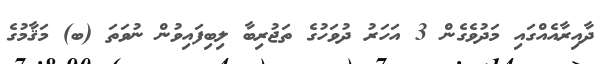
ދާއިރާއެއްގައި މަދުވެގެން 3 އަހަރު ދުވަހުގެ ތަޖުރިބާ ލިބިފައިވުން ނުވަތަ (ބ) މަޤާމުގެ